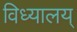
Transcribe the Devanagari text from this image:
विध्यालय्